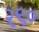
૨૬૦